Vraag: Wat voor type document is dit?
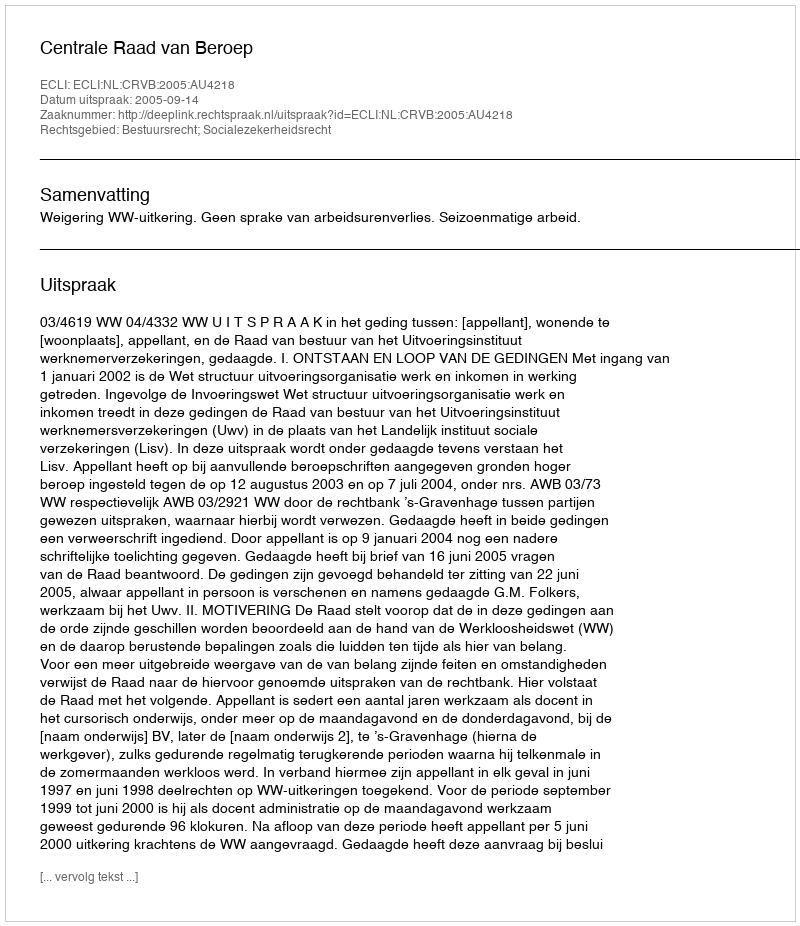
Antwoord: Uitspraak